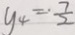
y _ { 4 } = . \frac { 7 } { 2 }